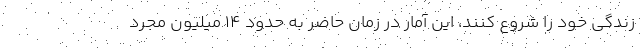
زندگی خود را شروع کنند، این آمار در زمان حاضر به حدود ۱۴ میلیون مجرد